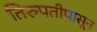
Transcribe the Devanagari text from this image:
तिरुपतीपासून